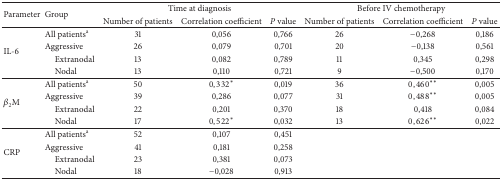
<table><thead><tr><td rowspan="2"><b>Parameter</b></td><td rowspan="2"><b>Group</b></td><td colspan="3"><b>Time at diagnosis</b></td><td colspan="3"><b>Before IV chemotherapy</b></td></tr><tr><td><b>Number of patients</b></td><td><b>Correlation coefficient</b></td><td><b><i>P</i> value</b></td><td><b>Number of patients</b></td><td><b>Correlation coefficient</b></td><td><b><i>P</i> value</b></td></tr></thead><tbody><tr><td rowspan="4">IL-6</td><td>All patients<sup>a</sup></td><td>31</td><td> 0,056</td><td>0,766</td><td>26</td><td>−0,268</td><td>0,186</td></tr><tr><td>Aggressive</td><td>26</td><td> 0,079</td><td>0,701</td><td>20</td><td>−0,138</td><td>0,561</td></tr><tr><td> Extranodal </td><td>13</td><td> 0,082</td><td>0,789</td><td>11</td><td> 0,345</td><td>0,298</td></tr><tr><td> Nodal</td><td>13</td><td> 0,110</td><td>0,721</td><td>9</td><td>−0,500</td><td>0,170</td></tr><tr><td rowspan="4"><i>β</i><sub>2</sub>M</td><td>All patients<sup>a</sup></td><td>50</td><td>0,332*</td><td>0,019</td><td>36</td><td>0,460**</td><td>0,005</td></tr><tr><td>Aggressive</td><td>39</td><td> 0,286</td><td>0,077</td><td>31</td><td>0,488**</td><td>0,005</td></tr><tr><td> Extranodal </td><td>22</td><td> 0,201</td><td>0,370</td><td>18</td><td> 0,418</td><td>0,084</td></tr><tr><td> Nodal</td><td>17</td><td>0,522*</td><td>0,032</td><td>13</td><td>0,626**</td><td>0,022</td></tr><tr><td rowspan="4">CRP</td><td>All patients<sup>a</sup></td><td>52</td><td> 0,107</td><td>0,451</td><td> </td><td> </td><td> </td></tr><tr><td>Aggressive</td><td>41</td><td> 0,181</td><td>0,258</td><td> </td><td> </td><td> </td></tr><tr><td> Extranodal </td><td>23</td><td> 0,381</td><td>0,073</td><td> </td><td> </td><td> </td></tr><tr><td> Nodal</td><td>18</td><td>−0,028</td><td>0,913</td><td> </td><td> </td><td> </td></tr></tbody></table>